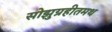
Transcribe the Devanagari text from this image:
सोझुग्रहीतमथ